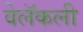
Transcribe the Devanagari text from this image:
वेलॅकली